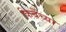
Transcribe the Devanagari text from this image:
किबेंच्या